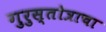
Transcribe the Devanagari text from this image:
गुरुस्तोत्राचा